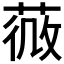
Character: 𦵌